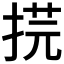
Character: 𢯥